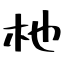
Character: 杝